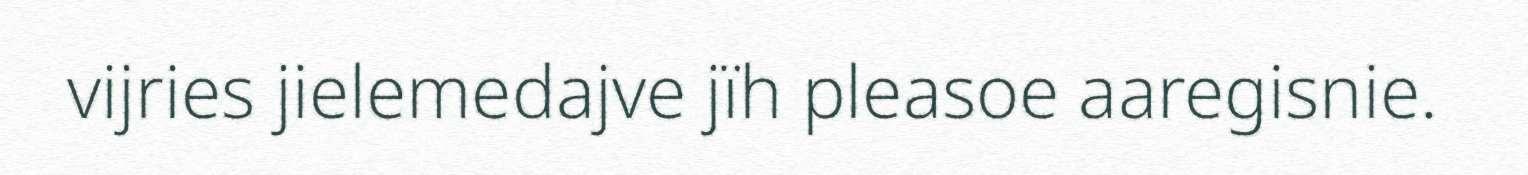
vijries jielemedajve jïh pleasoe aaregisnie.